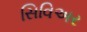
સિવિઅર